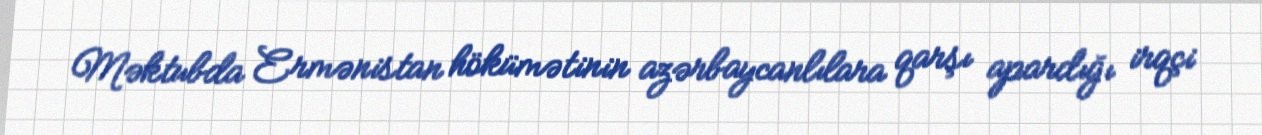
Məktubda Ermənistan hökümətinin azərbaycanlılara qarşı apardığı irqçi